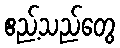
ဧည့်သည်တွေ